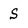
Character: S